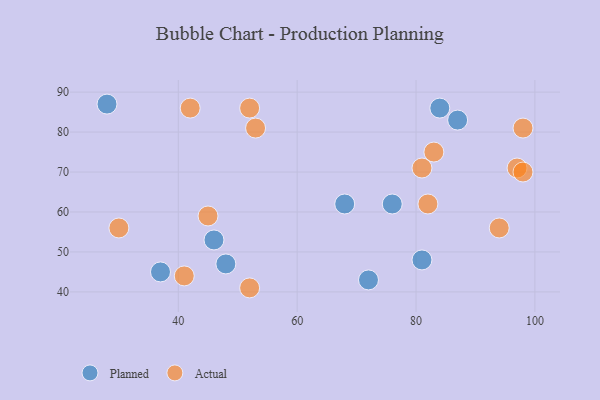
{"axis": {"x": "GDP", "y": "Life Expectancy"}, "legend": ["Actual", "Planned"], "data": [{"x": "37", "y": 45, "type": "Planned"}, {"x": "28", "y": 87, "type": "Planned"}, {"x": "76", "y": 62, "type": "Planned"}, {"x": "81", "y": 48, "type": "Planned"}, {"x": "87", "y": 83, "type": "Planned"}, {"x": "68", "y": 62, "type": "Planned"}, {"x": "84", "y": 86, "type": "Planned"}, {"x": "46", "y": 53, "type": "Planned"}, {"x": "48", "y": 47, "type": "Planned"}, {"x": "72", "y": 43, "type": "Planned"}, {"x": "94", "y": 56, "type": "Actual"}, {"x": "98", "y": 81, "type": "Actual"}, {"x": "53", "y": 81, "type": "Actual"}, {"x": "81", "y": 71, "type": "Actual"}, {"x": "42", "y": 86, "type": "Actual"}, {"x": "83", "y": 75, "type": "Actual"}, {"x": "97", "y": 71, "type": "Actual"}, {"x": "98", "y": 70, "type": "Actual"}, {"x": "45", "y": 59, "type": "Actual"}, {"x": "41", "y": 44, "type": "Actual"}, {"x": "52", "y": 41, "type": "Actual"}, {"x": "30", "y": 56, "type": "Actual"}, {"x": "52", "y": 86, "type": "Actual"}, {"x": "82", "y": 62, "type": "Actual"}]}